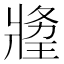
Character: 𤖍